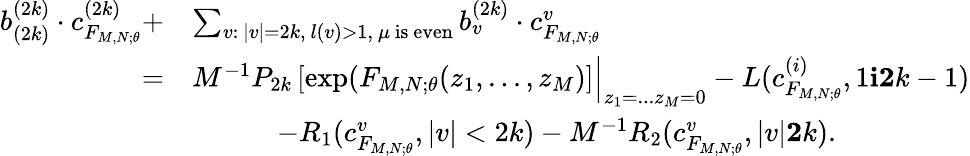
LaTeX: \begin{array}{rl}{b_{(2k)}^{(2k)}\cdot c_{F_{M,N;\theta}}^{(2k)}+}&{\sum_{v:\ |v|=2k,\ l(v)>1,\ \mu\ \mathrm{is\ even}}b_{v}^{(2k)}\cdot c_{F_{M,N;\theta}}^{v}}\\ {=}&{M^{-1}P_{2k}\left[\exp(F_{M,N;\theta}(z_{1},...,z_{M})\right]\Bigr|_{z_{1}=...z_{M}=0}-L(c_{F_{M,N;\theta}}^{(i)},1\le i\le 2k-1)}\\ &{\quad\quad\quad-R_{1}(c_{F_{M,N;\theta}}^{v},|v|<2k)-M^{-1}R_{2}(c_{F_{M,N;\theta}}^{v},|v|\le 2k).}\end{array}